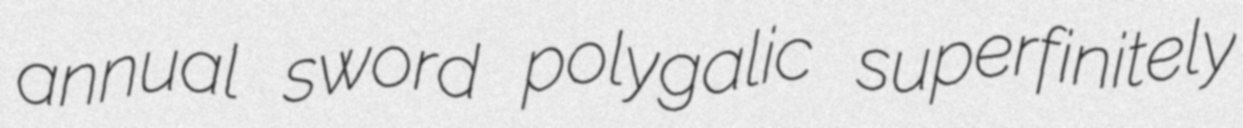
annual sword polygalic superfinitely